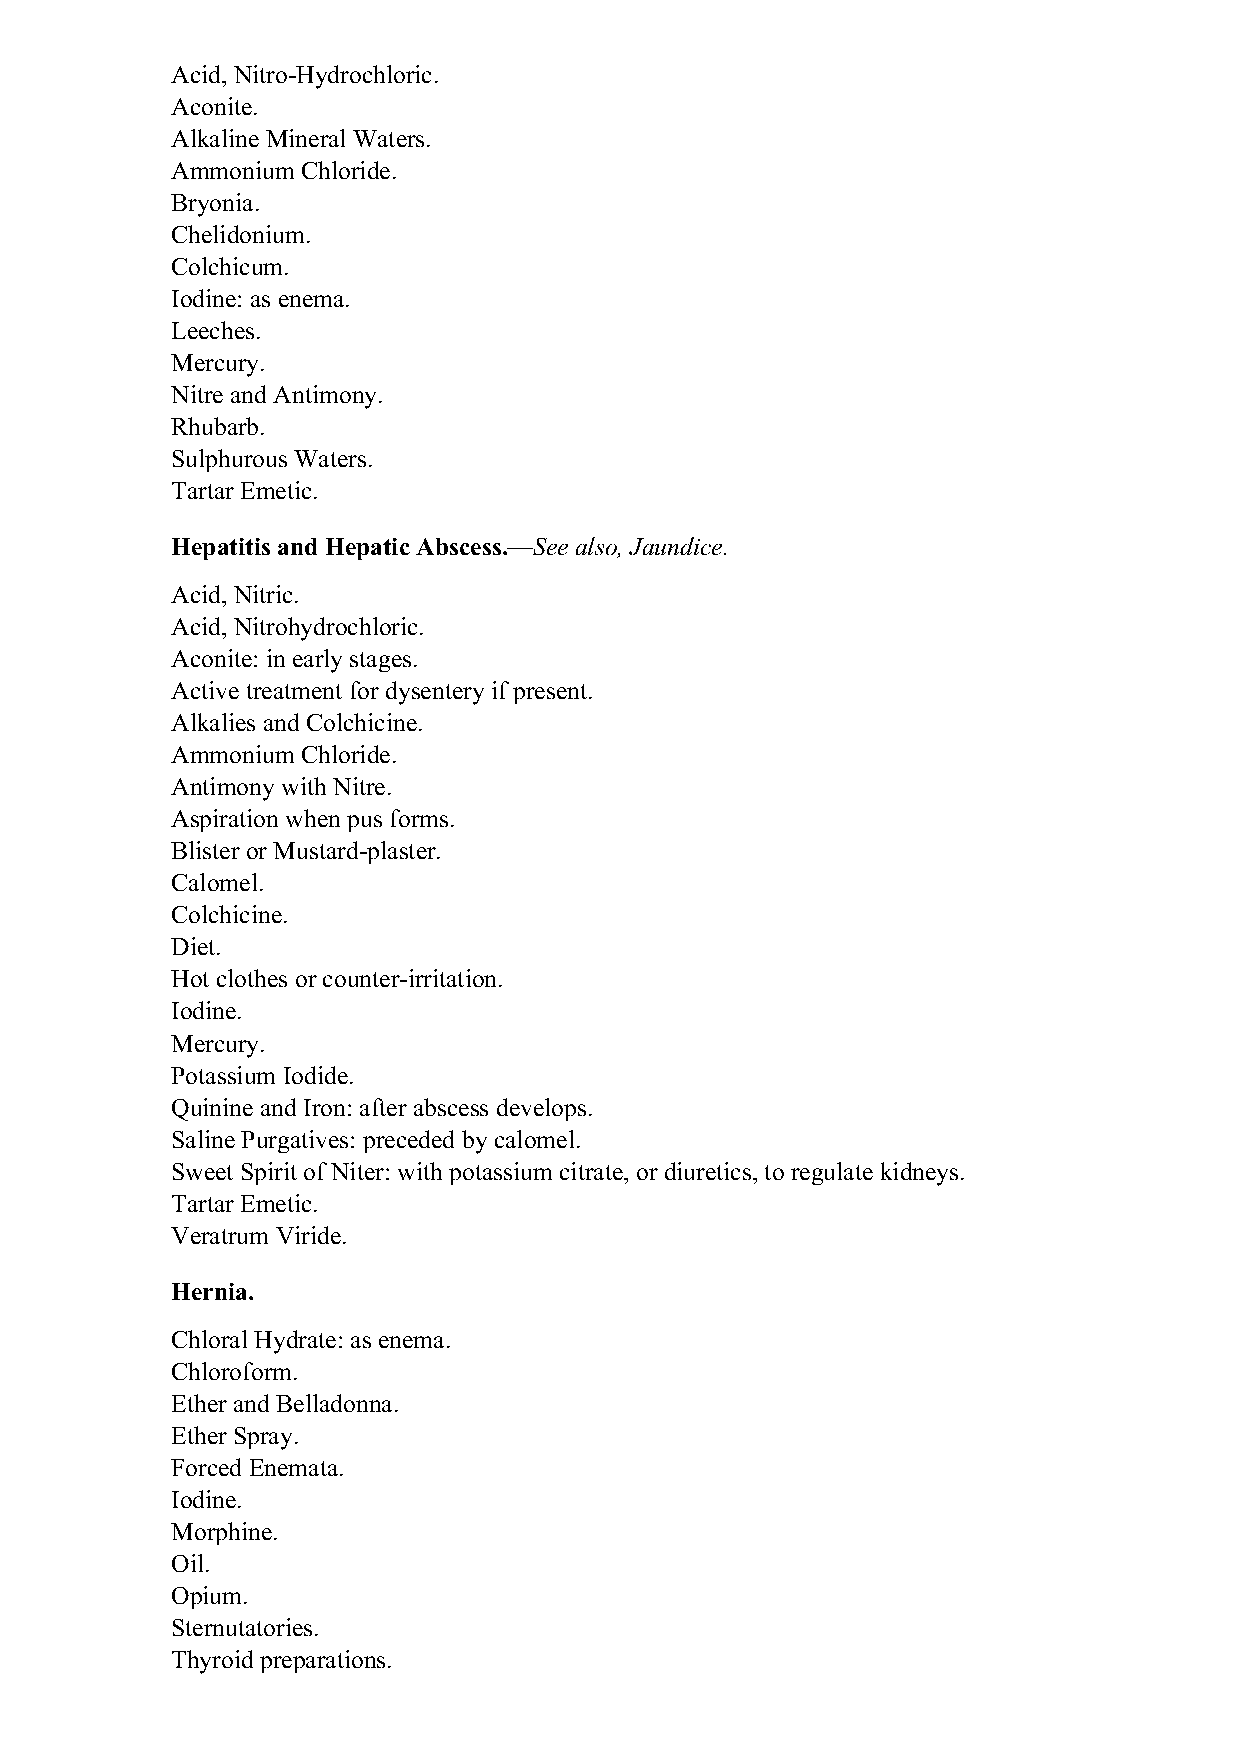
Acid, Nitro-Hydrochloric.
 Aconite.
 Alkaline Mineral Waters.
 Ammonium Chloride.
 Bryonia.
 Chelidonium.
 Colchicum.
 Iodine: as enema.
 Leeches.
 Mercury.
 Nitre and Antimony.
 Rhubarb.
 Sulphurous Waters.
 Tartar Emetic.
 Hepatitis and Hepatic Abscess.—See also, Jaundice.
 Acid, Nitric.
 Acid, Nitrohydrochloric.
 Aconite: in early stages.
 Active treatment for dysentery if present.
 Alkalies and Colchicine.
 Ammonium Chloride.
 Antimony with Nitre.
 Aspiration when pus forms.
 Blister or Mustard-plaster.
 Calomel.
 Colchicine.
 Diet.
 Hot clothes or counter-irritation.
 Iodine.
 Mercury.
 Potassium Iodide.
 Quinine and Iron: after abscess develops.
 Saline Purgatives: preceded by calomel.
 Sweet Spirit of Niter: with potassium citrate, or diuretics, to regulate kidneys.
 Tartar Emetic.
 Veratrum Viride.
 Hernia.
 Chloral Hydrate: as enema.
 Chloroform.
 Ether and Belladonna.
 Ether Spray.
 Forced Enemata.
 Iodine.
 Morphine.
 Oil.
 Opium.
 Sternutatories.
 Thyroid preparations.